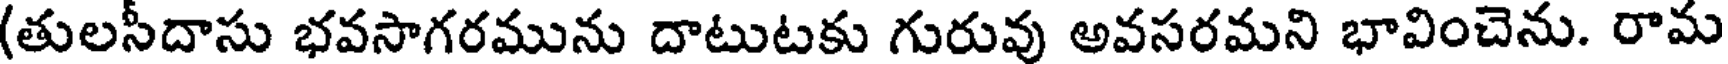
(తులసీదాసు భవసాగరమును దాటుటకు గురువు అవసరమని భావించెను. రామ